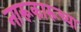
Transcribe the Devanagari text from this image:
नारूकारूच्या